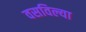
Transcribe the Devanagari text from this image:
वसविल्या